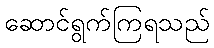
ဆောင်ရွက်ကြရသည်